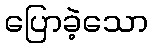
ပြောခဲ့သော